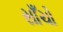
સાઁચો